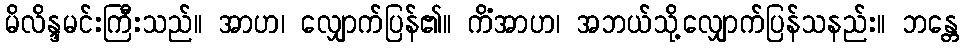
မိလိန္ဒမင်းကြီးသည်။ အာဟ၊ လျှောက်ပြန်၏။ ကိံအာဟ၊ အဘယ်သို့လျှောက်ပြန်သနည်း။ ဘန္တေ